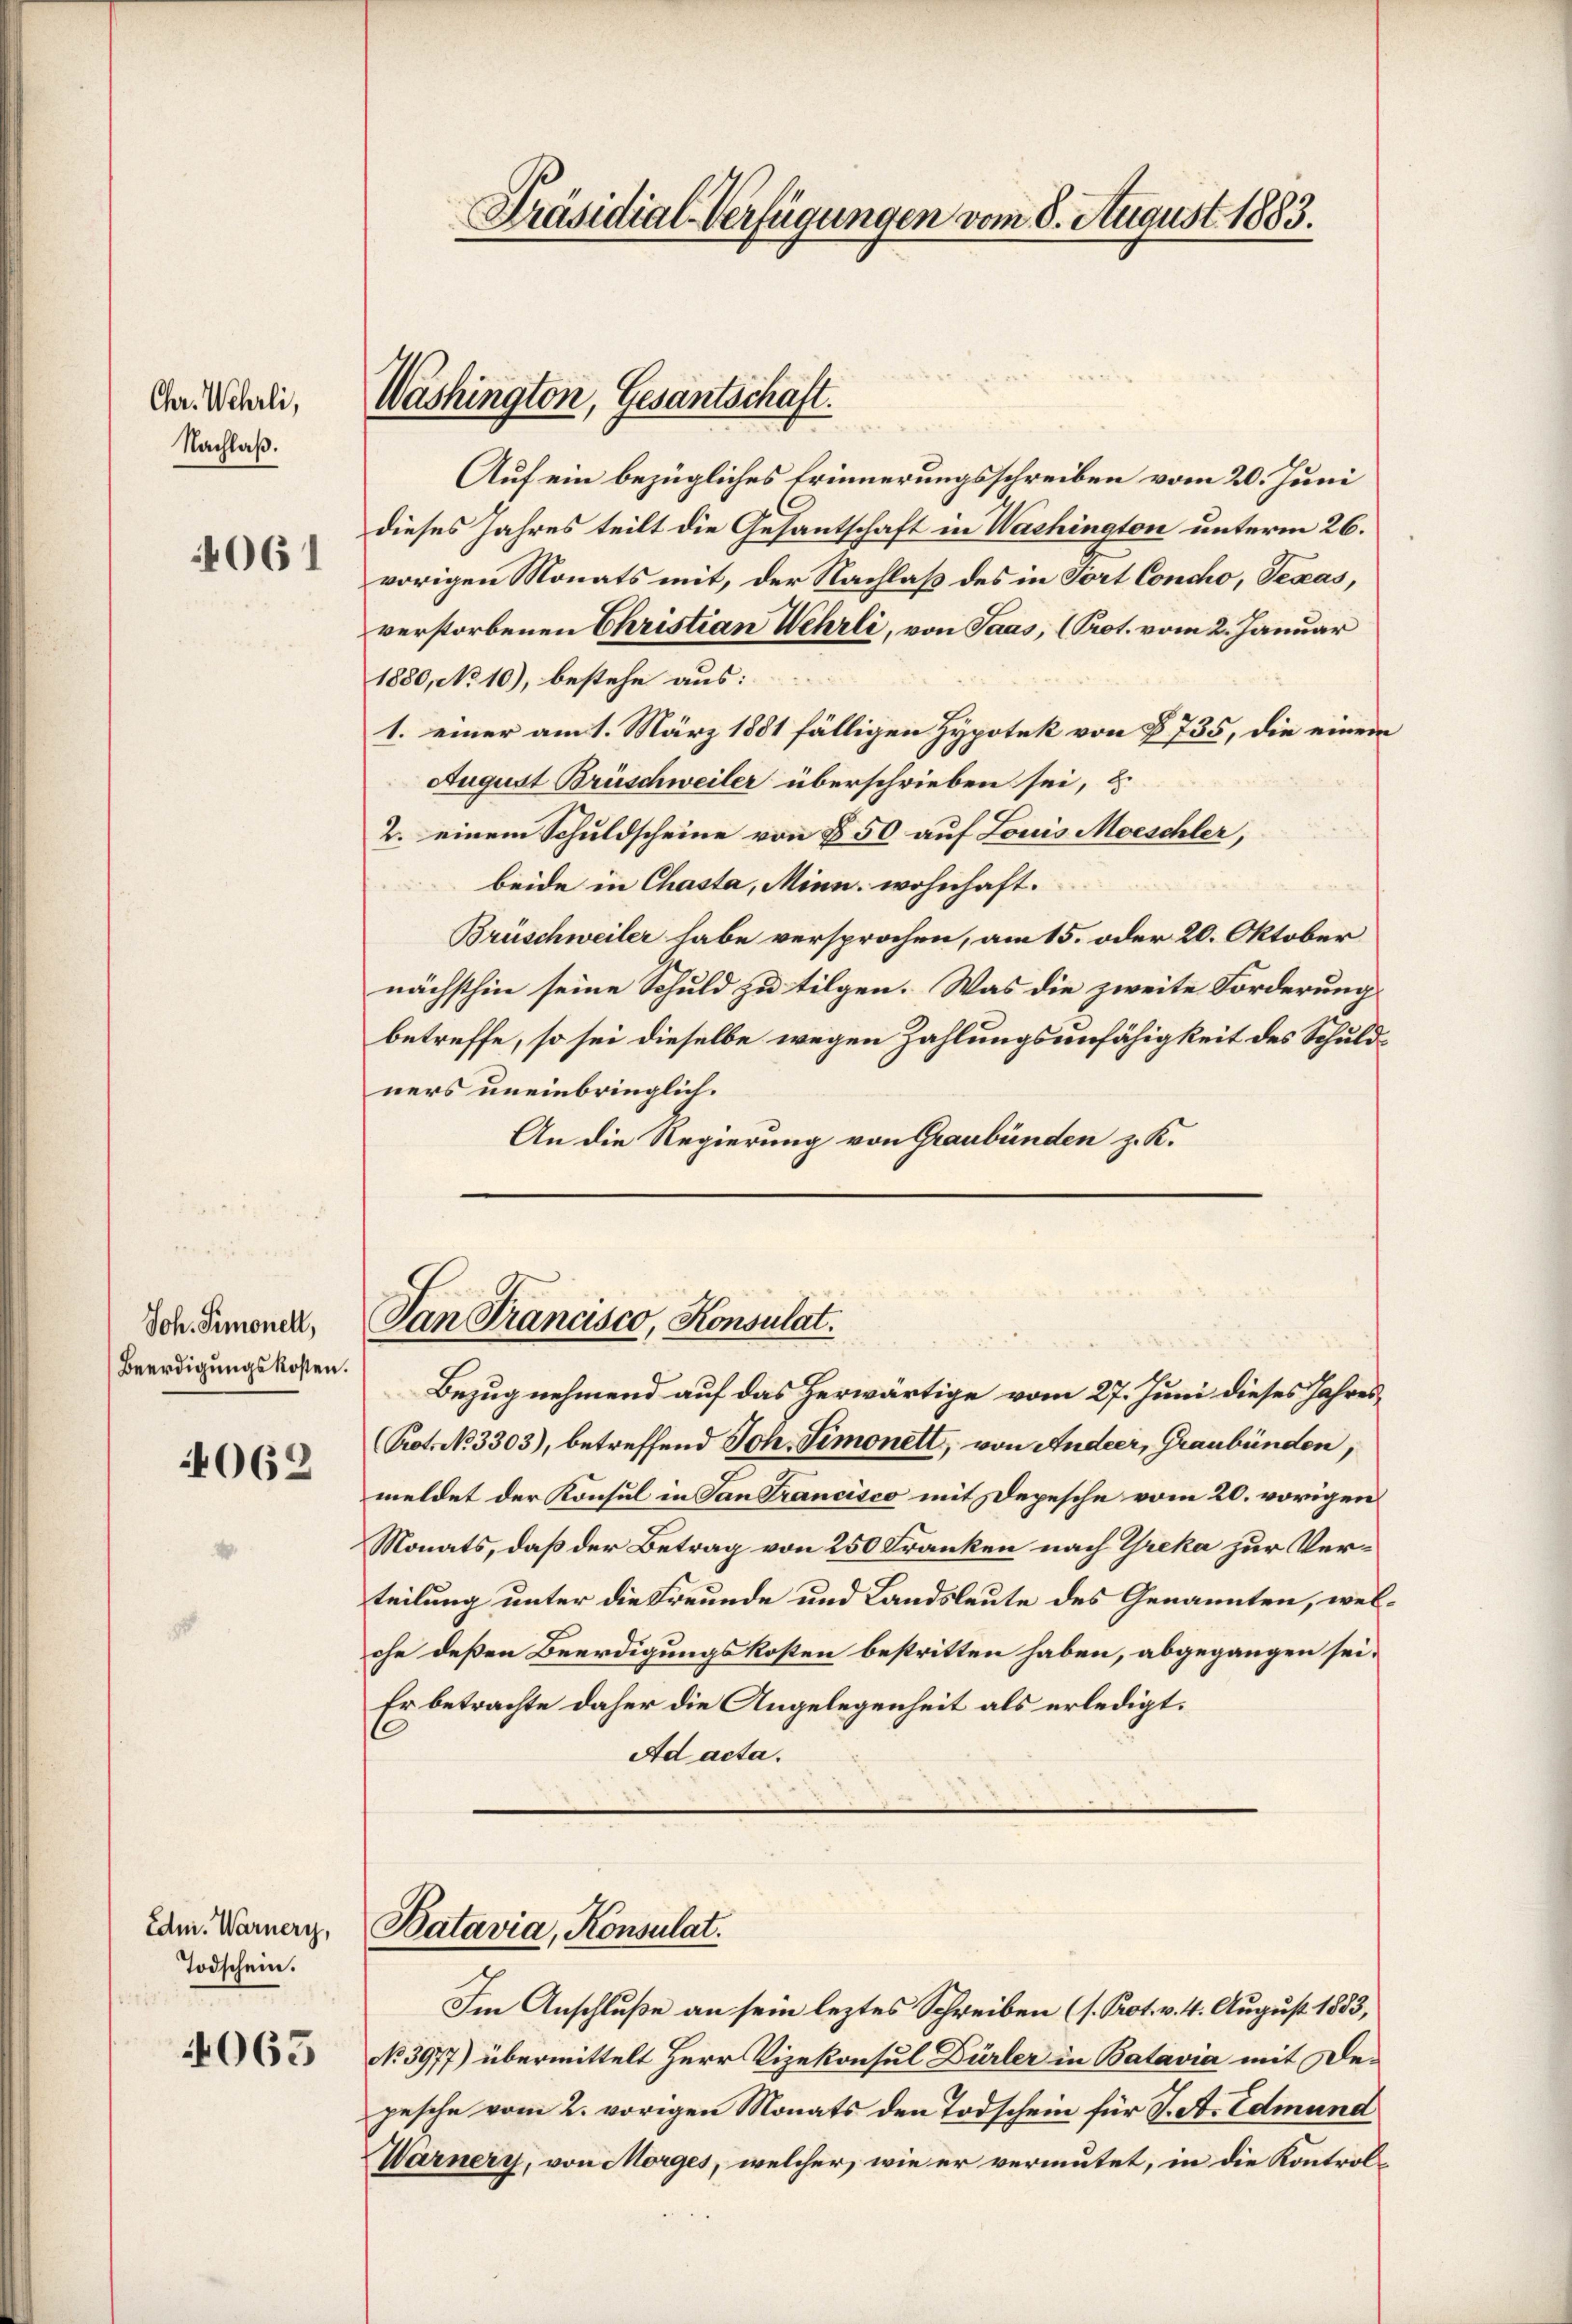
Chr. Wehrli,
Nachlaß.

4061

Joh. Simonell,
Beerdigungskosten.

062

Edn. Warnery,
Todschein.

4063

Präsidial-Verfügungen vom 8. August 1883.

Auf ein bezügliches Erinnerungsschreiben vom 20. Juni
C
dieses Jahres teilt die Gesantschaft in Wachington unterm 26.
vorigen Monats mit, der Nachlaß des in Fort Concho, Texas,
verstorbenen Christian Wehrli, von Saas, (Prot. vom 2. Januar
1880, No 10), bestehe aus:
1. einer am 1. März 1881 fälligen Hypotek von § 735, die einem
August Brüschweiler überschrieben sei, u
2. einem Schuldscheine von § 50 auf Louis Moeschler,
beide in Chasta, Minn. wohnhaft.
Brüschweiler habe versprochen, am 15. oder 20. Oktober
nächsthin seine Schuld zu tilgen. Was die zweite Forderung
betreffe, so sei dieselbe wegen Zahlungsunfähigkeit des Schuldners uneinbringlich.
An die Regierung von Graubünden z. K.

Washington, Gesantschaft.

Dan Francisco, Konsulat.

Bezug nehmend auf das herwärtige vom 27. Juni dieses Jahres¬
Prot. No. 3303), betreffend Joh. Simonett, von Andeer, Graubünden,
meldet der Konsul in San Francisco mit Depesche vom 20. vorigen
Monats, daß der Betrag von 250 Franken nach Greka zur Verteilung unter die Freunde und Landsleute des Genannten, welche deßen Beerdigungskosten bestritten haben, abgegangen sei.
Er betrachte daher die Angelegenheit als erledigt.
Ad acta.

Batavia, Konsulat.

Im Anschluße an sein leztes Schreiben (s. Prot. v. 4. August 1833,
No 3977) übermittelt Herr Vizekonsul Dürler in Batavia mit Depesche vom 2. vorigen Monats den Todschein für V. A. Edmund
Warnery, von Morges, welcher, wie er vermutet, in die Kontrol-